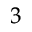
^ 3